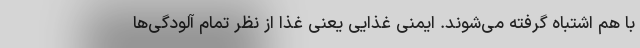
با هم اشتباه گرفته می‌شوند. ایمنی غذایی یعنی غذا از نظر تمام آلودگی‌ها